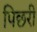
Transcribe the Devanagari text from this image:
पिछरी